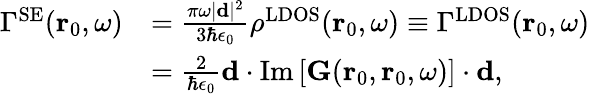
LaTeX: \begin{array}{rl}{\Gamma^{\mathrm{SE}}(\mathbf{r}_{0},\omega)}&{=\frac{\pi\omega\vert\mathbf{d}\vert^{2}}{3\hbar\epsilon_{0}}\rho^{\mathrm{LDOS}}(\mathbf{r}_{0},\omega)\equiv\Gamma^{\mathrm{LDOS}}(\mathbf{r}_{0},\omega)}\\ &{=\frac{2}{\hbar\epsilon_{0}}\mathbf{d}\cdot\mathrm{Im}\left[{\mathbf{G}}(\mathbf{r}_{0},\mathbf{r}_{0},\omega)\right]\cdot\mathbf{d},}\end{array}